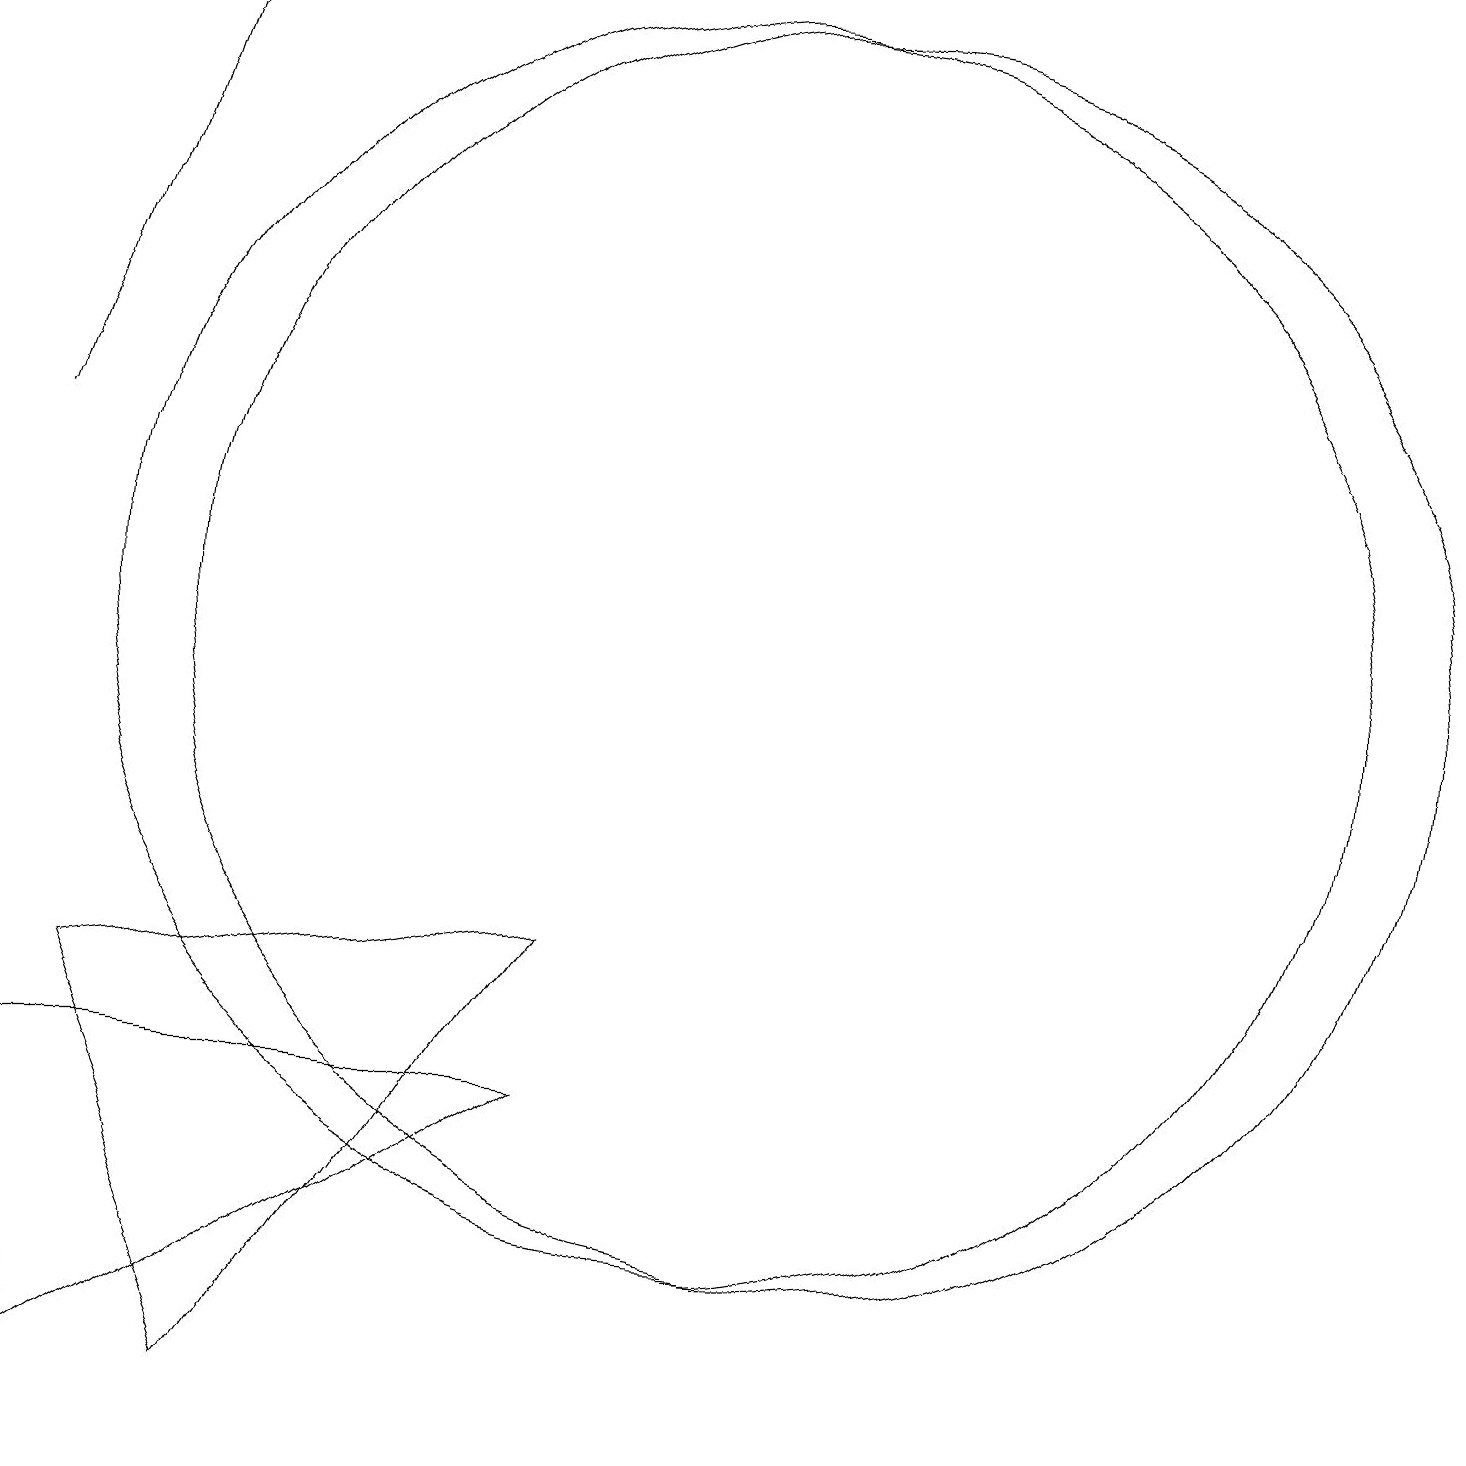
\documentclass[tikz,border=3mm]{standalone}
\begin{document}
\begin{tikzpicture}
\draw[->] (2,13) -- (4,19);
\draw (12,11) circle (8);
\draw (11,11) circle (8);
\draw (9,7) -- (5,1) -- (3,6) -- cycle;
\draw (3,1) -- (9,5) -- (2,5) -- cycle;
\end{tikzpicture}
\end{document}